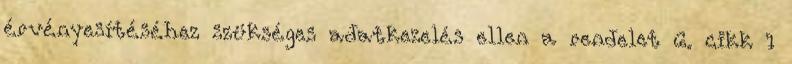
érvényesítéséhez szükséges adatkezelés ellen a rendelet 6. cikk 1